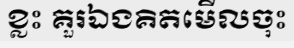
ខ្លះ គួរឯងគិតមើលចុះ